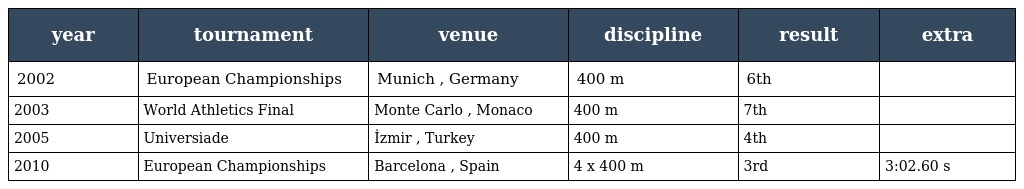
| year | tournament | venue | discipline | result | extra |
 | --- | --- | --- | --- | --- | --- |
 | 2002 | European Championships | Munich , Germany | 400 m | 6th |  |
 | 2003 | World Athletics Final | Monte Carlo , Monaco | 400 m | 7th |  |
 | 2005 | Universiade | İzmir , Turkey | 400 m | 4th |  |
 | 2010 | European Championships | Barcelona , Spain | 4 x 400 m | 3rd | 3:02.60 s |